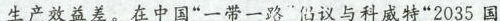
生产效益差。在中国”一带一路倡议与科威特”2035国